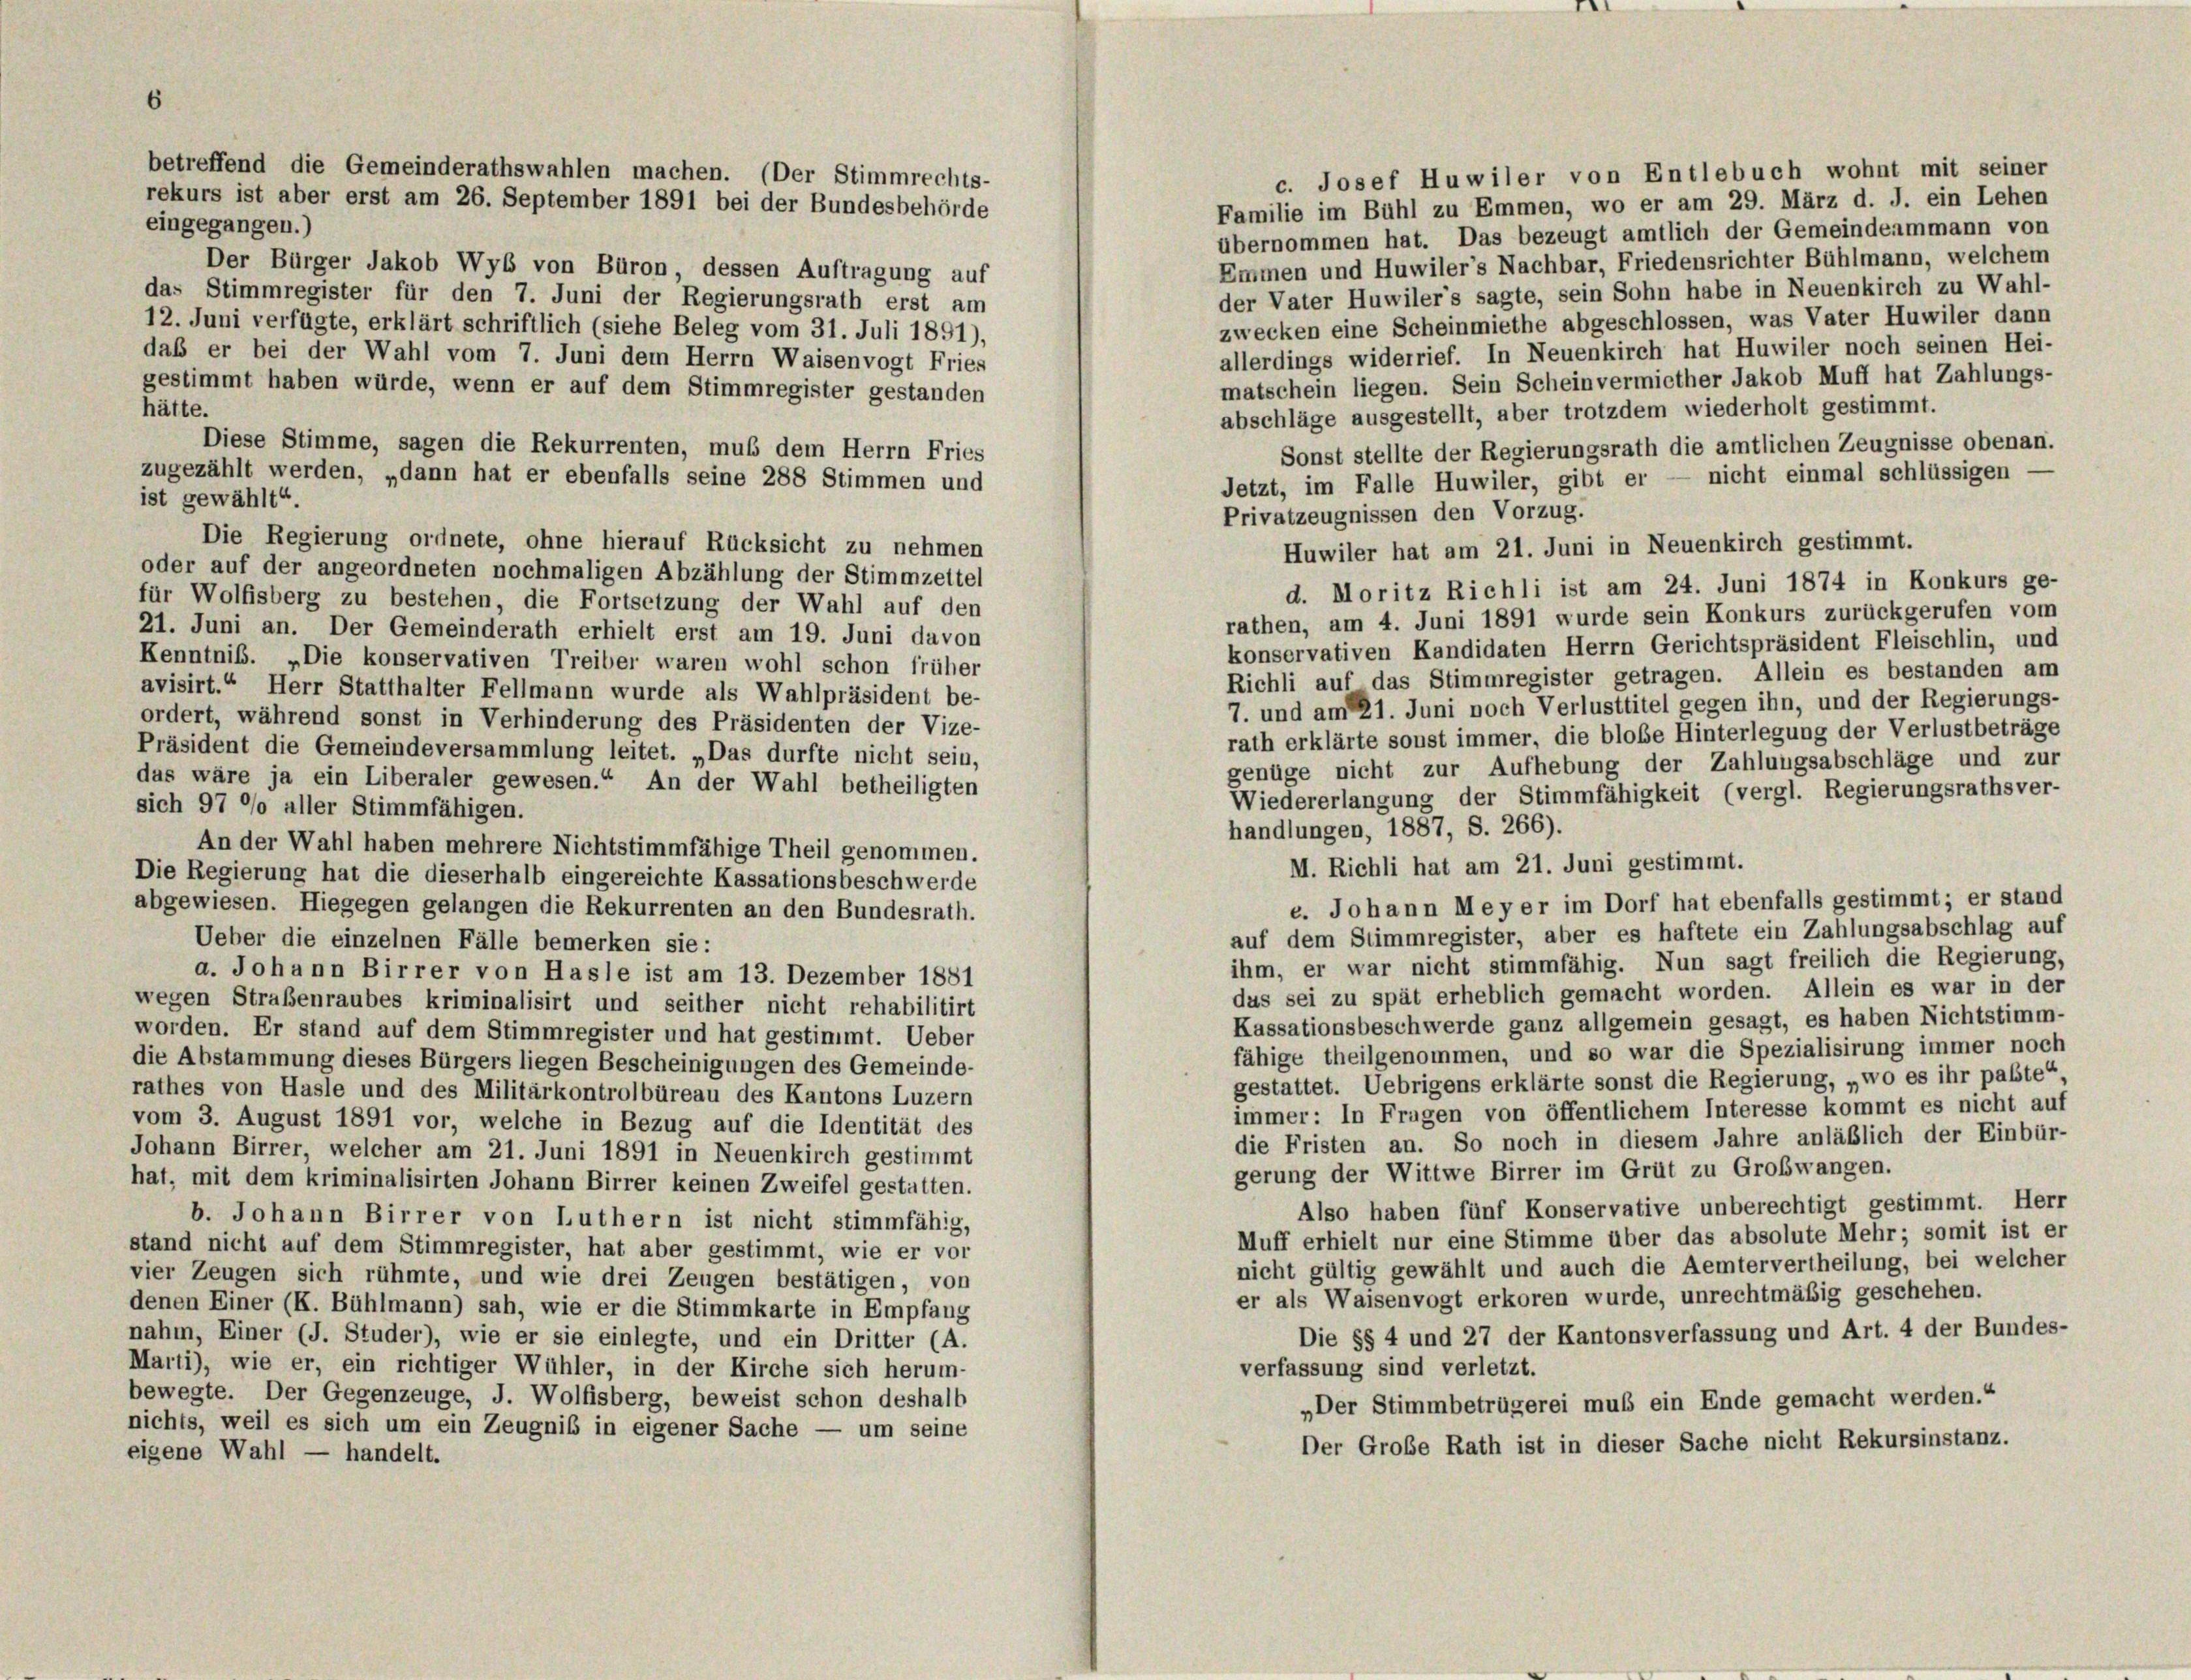
Familie im Bühl zu Emmen, wo er am 29. März d. J. ein Lehen
eingegangen.)
übernommen hat. Das bezeugt amtlich der Gemeindeammann von
Emmen und Huwiler’s Nachbar, Friedensrichter Bühlmann, welchem
Der Bürger Jakob Wyb von Büron, dessen Auftragung auf
der Vater Huwiler’s sagte, sein Sohn habe in Neuenkirch zu Wahl-
das Stimmregister für den 7. Juni der Regierungsrath erst am
zwecken eine Scheinmiethe abgeschlossen, was Vater Huwiler dann
12. Juni verfügte, erklärt schriftlich (siehe Beleg vom 31. Juli 1891),
allerdings widerrief. In Neuenkirch hat Huwiler noch seinen Hei-
daß er bei der Wahl vom 7. Juni dem Herrn Waisenvogt Fries
matschein liegen. Sein Scheinvermiether Jakob Muff hat Zahlungs-
gestimmt haben würde, wenn er auf dem Stimmregister gestanden
hätte.
abschläge ausgestellt, aber trotzdem wiederholt gestimmt.
Diese Stimme, sagen die Rekurrenten, muß dem Herrn Fries
Sonst stellte der Regierungsrath die amtlichen Zeugnisse obenan.
zugezählt werden, „dann hat er ebenfalls seine 288 Stimmen und
Jetzt, im Falle Huwiler, gibt er — nicht einmal schlüssigen
ist gewählt“
Privatzeugnissen den Vorzug.
Die Regierung ordnete, ohne hierauf Rücksicht zu nehmen
Huwiler hat am 21. Juni in Neuenkirch gestimmt.
oder auf der angeordneten nochmaligen Abzählung der Stimmzettel
d. Moritz Richli ist am 24. Juni 1874 in Konkurs ge-
für Wolfisberg zu bestehen, die Fortsetzung der Wahl auf den
rathen, am 4. Juni 1891 wurde sein Konkurs zurückgerufen vom
21. Juni an. Der Gemeinderath erhielt erst am 19. Juni davon
konservativen Kandidaten Herrn Gerichtspräsident Fleischlin, und
Kenntniß. „Die konservativen Treiber waren wohl schon früher
Richli auf das Stimmregister getragen. Allein es bestanden am
avisirt.“ Herr Statthalter Fellmann wurde als Wahlpräsident be-
7. und am 21. Juni noch Verlusttitel gegen ihn, und der Regierungs-
ordert, während sonst in Verhinderung des Präsidenten der Vize-
rath erklärte sonst immer, die bloße Hinterlegung der Verlustbeträge
Präsident die Gemeindeversammlung leitet. „Das durfte nicht sein,
genüge nicht zur Aufhebung der Zahlungsabschläge und zur
das wäre ja ein Liberaler gewesen.“ An der Wahl betheiligten
Wiedererlangung der Stimmfähigkeit (vergl. Regierungsrathsver-
sich 97 °/o aller Stimmfähigen.
handlungen, 1887, S. 266).
An der Wahl haben mehrere Nichtstimmfähige Theil genommen.
M. Richli hat am 21. Juni gestimmt.
Die Regierung hat die dieserhalb eingereichte Kassationsbeschwerde
c. Johann Meyer im Dorf hat ebenfalls gestimmt; er stand
abgewiesen. Hiegegen gelangen die Rekurrenten an den Bundesrath.
auf dem Stimmregister, aber es haftete ein Zahlungsabschlag auf
Ueber die einzelnen Fälle bemerken sie:
ihm, er war nicht stimmfähig. Nun sagt freilich die Regierung,
a. Johann Birrer von Hasle ist am 13. Dezember 1881
das sei zu spät erheblich gemacht worden. Allein es war in der
wegen Straßenraubes kriminalisirt und seither nicht rehabilitirt
Kassationsbeschwerde ganz allgemein gesagt, es haben Nichtstimm-
worden. Er stand auf dem Stimmregister und hat gestimmt. Ueber
fähige theilgenommen, und so war die Spezialisirung immer noch
die Abstammung dieses Bürgers liegen Bescheinigungen des Gemeinde-
gestattet. Uebrigens erklärte sonst die Regierung, „wo es ihr pabte“,
rathes von Hasle und des Militärkontrolbüreau des Kantons Luzern
immer: In Frugen von öffentlichem Interesse kommt es nicht auf
vom 3. August 1891 vor, welche in Bezug auf die Identität des
die Fristen an. So noch in diesem Jahre anläßlich der Einbür-
Johann Birrer, welcher am 21. Juni 1891 in Neuenkirch gestimmt
gerung der Wittwe Birrer im Grüt zu Großwangen.
hat, mit dem kriminalisirten Johann Birrer keinen Zweifel gestatten.
Also haben fünf Konservative unberechtigt gestimmt. Herr
b. Johann Birrer von Luthern ist nicht stimmfähig,
Muff erhielt nur eine Stimme über das absolute Mehr; somit ist er
stand nicht auf dem Stimmregister, hat aber gestimmt, wie er vor
nicht gültig gewählt und auch die Aemtervertheilung, bei welcher
vier Zeugen sich rühmte, und wie drei Zeugen bestätigen, von
er als Waisenvogt erkoren wurde, unrechtmäßig geschehen.
denen Einer (K. Bühlmann) sah, wie er die Stimmkarte in Empfang
Die §§ 4 und 27 der Kantonsverfassung und Art. 4 der Bundes-
nahm, Einer (J. Studer), wie er sie einlegte, und ein Dritter (A.
Marti), wie er, ein richtiger Wühler, in der Kirche sich herum-
verfassung sind verletzt.
bewegte. Der Gegenzeuge, J. Wolfisberg, beweist schon deshalb
„Der Stimmbetrügerei muß ein Ende gemacht werden.“
nichts, weil es sich um ein Zeugnis in eigener Sache — um seine
Der Große Rath ist in dieser Sache nicht Rekursinstanz.
eigene Wahl — handelt.

betreffend die Gemeinderathswahlen machen. (Der Stimmrechts-
rekurs ist aber erst am 26. September 1891 bei der Bundesbehörde

c. Josef Huwiler von Entlebuch wohnt mit seiner